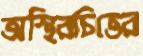
অস্থিরচিত্তের